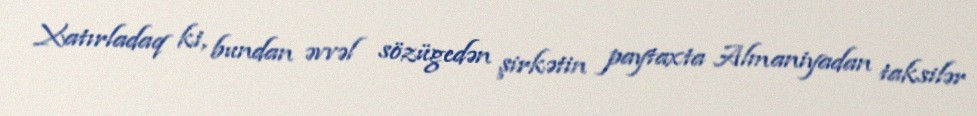
Xatırladaq ki, bundan əvvəl sözügedən şirkətin paytaxta Almaniyadan taksilər